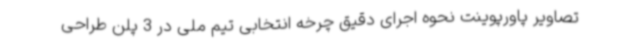
تصاویر پاورپوینت نحوه اجرای دقیق چرخه انتخابی تیم ملی در 3 پلن طراحی